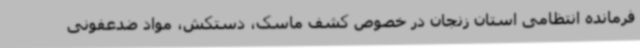
فرمانده انتظامی استان زنجان در خصوص کشف ماسک، دستکش، مواد ضدعفونی